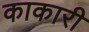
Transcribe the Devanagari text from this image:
काकारी